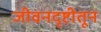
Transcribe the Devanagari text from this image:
जीवनदृष्टीतून